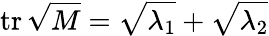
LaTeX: \operatorname{tr}{\sqrt{M}}={\sqrt{\lambda_{1}}}+{\sqrt{\lambda_{2}}}